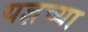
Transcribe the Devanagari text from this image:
यज्ञच्या